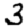
Digit: 3